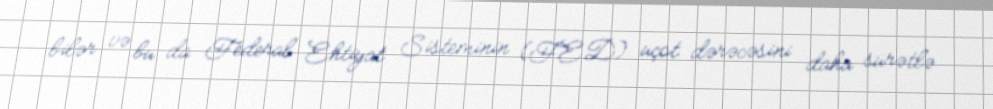
bilər və bu da Federal Ehtiyat Sisteminin (FED) uçot dərəcəsini daha sürətlə